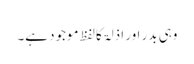
وہی بدر اور اذلۃ کالفظ موجود ہے۔